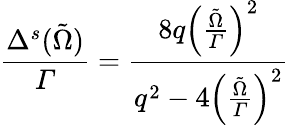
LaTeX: \frac{\Delta^{s}(\tilde{\Omega})}{Γ}=\frac{8q{\left(\frac{\tilde{\Omega}}{Γ}\right)}^{2}}{q^{2}-4{\left(\frac{\tilde{\Omega}}{Γ}\right)}^{2}}